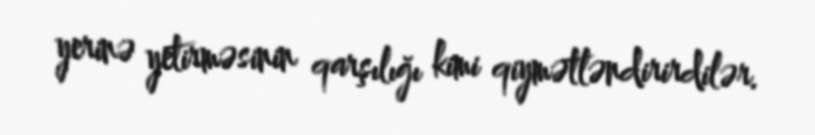
yerinə yetirməsinin qarşılığı kimi qiymətləndirirdilər.